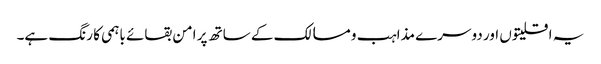
یہ اقلیتوں اور دوسرے مذاہب و مسالک کے ساتھ پر امن بقائے باہمی کا رنگ ہے۔